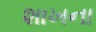
શાખના